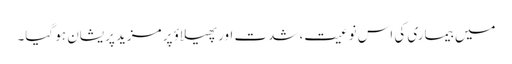
میں بیماری کی اس نوعیت، شدت اور پھیلاؤ پر مزید پریشان ہو گیا۔